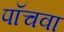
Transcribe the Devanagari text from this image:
पॉचवा